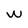
Character: W